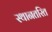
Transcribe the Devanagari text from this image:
स्थानतरित